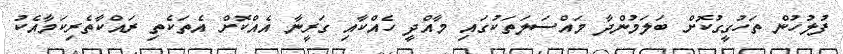
ފުލުހުން ތަހުގީގުކޮށް ބަލަމުންދާ މައްސަލަތަކުގައި މާއްދީ ހެއްކާއި ގަރީނާ އެއްކޮށް އެތަކެތި ރައްކާތެރިކަމާއެކު